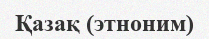
Қазақ (этноним)